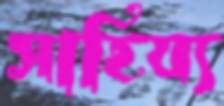
সাহিয্য